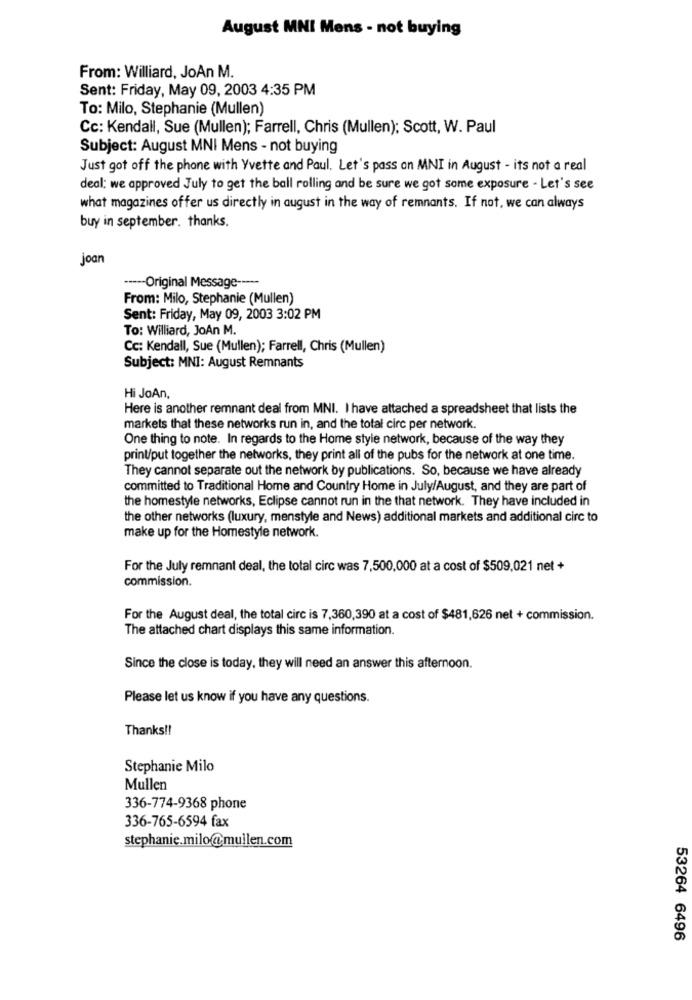
August MNI Mens - not buying
From: Williard, JoAn M.
Sent: Friday, May 09, 2003 4:35 PM
To: Milo, Stephanie (Mullen)
Cc: Kendall, Sue (Mullen); Farrell, Chris (Mullen): Scott, W. Paul
Subject: August MNI Mens - not buying
Just got off the phone with Yvette and Paul. Let's pass on MNI in August - its not a real
deal: we approved July to get the ball rolling and be sure we got some exposure - Let's see
what magazines offer us directly in august in the way of remnants. If not, we can always
buy in september. thanks.
joan
----- Original Message -----
From: Milo, Stephanie (Mullen)
Sent: Friday, May 09, 2003 3:02 PM
To: Williard, JoAn M.
Cc: Kendall, Sue (Mullen); Farrell, Chris (Mullen)
Subject: MNI: August Remnants
Hi JoAn,
Here is another remnant deal from MNI. I have attached a spreadsheet that lists the
markets that these networks run in, and the total circ per network.
One thing to note. In regards to the Home style network, because of the way they
print/put together the networks, they print all of the pubs for the network at one time.
They cannot separate out the network by publications. So, because we have already
committed to Traditional Home and Country Home in July/August, and they are part of
the homestyle networks, Eclipse cannot run in the that network. They have included in
the other networks (luxury, menstyle and News) additional markets and additional circ to
make up for the Homestyle network.
For the July remnant deal, the total circ was 7,500,000 at a cost of $509,021 net +
commission.
For the August deal, the total circ is 7,360,390 at a cost of $481,626 net + commission.
The attached chart displays this same information.
Since the close is today, they will need an answer this afternoon.
Please let us know if you have any questions.
Thanks !!
Stephanie Milo
Mullen
336-774-9368 phone
336-765-6594 fax
stephanie.milo@mullen.com
53264 6496